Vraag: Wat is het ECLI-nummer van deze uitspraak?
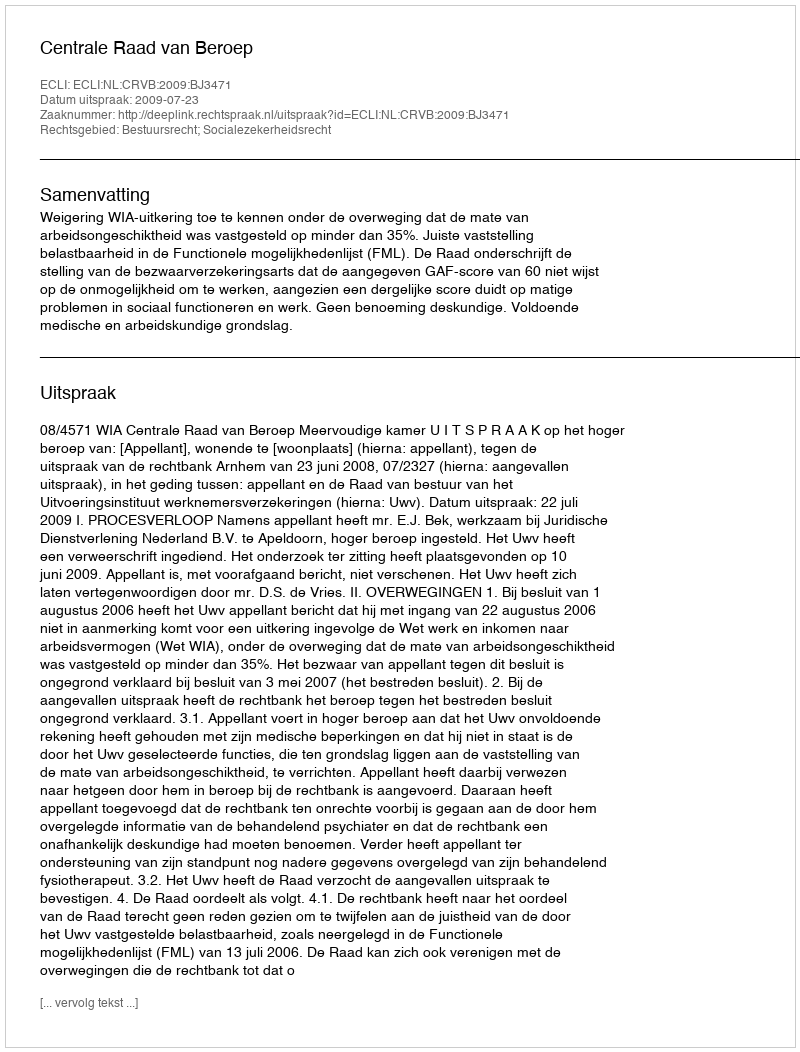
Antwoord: ECLI:NL:CRVB:2009:BJ3471